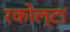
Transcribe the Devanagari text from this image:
रकोल्टा